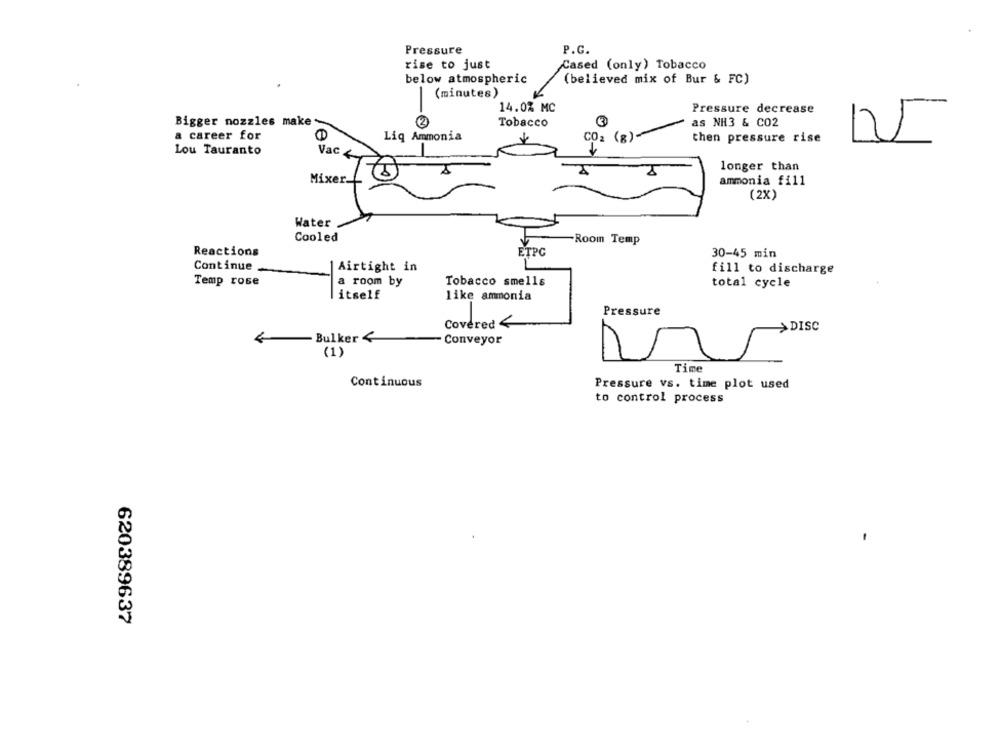
Pressure
P.C.
rise to just
Cased (only) Tobacco
below atmospheric
(believed mix of Bur & FC)
(minutes)
-
14.0% MC
Pressure decrease
Bigger nozzles make
Tobacco
as NH3 & CO2
a career for
CD
Liq Ammonia
CO2 (g)
then pressure rise
Lou Tauranto
Vac
longer than
Mixer-
ammonia fi11
(2X)
Water
Cooled
Room Temp
Reactions
ETPC
30-45 min
Continue
Airtight in
fill to discharge
Temp rose
a room by
Tobacco smells
total cycle
itself
like ammonia
Pressure
Covered <
DISC
Bulker<
-
Conveyor
(1)
Time
Continuous
Pressure vs. time plot used
to control process
620389637